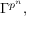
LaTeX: \Gamma ^ { p ^ { n } } ,